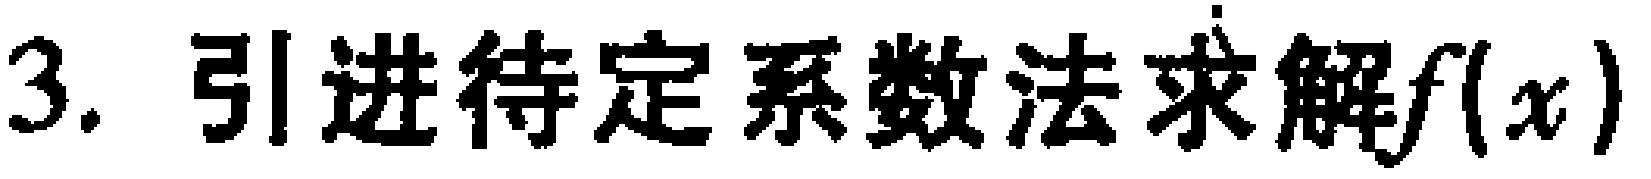
3. 引进待定系数法求解\(f(x)\)